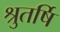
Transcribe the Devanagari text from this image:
श्रुतर्षि